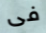
فى